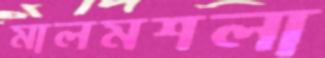
মালমশলা